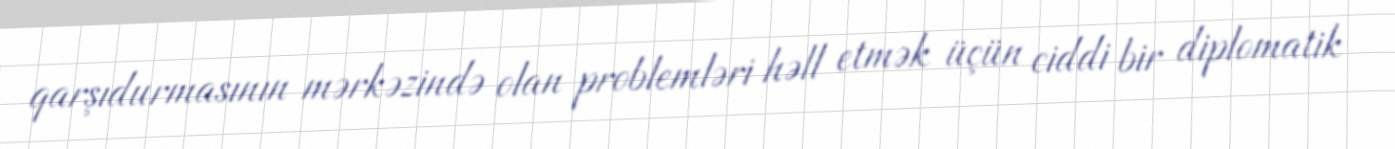
qarşıdurmasının mərkəzində olan problemləri həll etmək üçün ciddi bir diplomatik